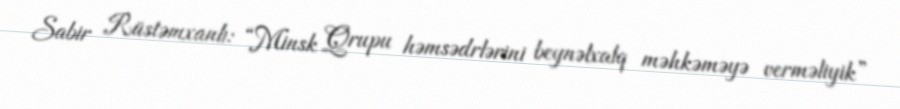
Sabir Rüstəmxanlı: “Minsk Qrupu həmsədrlərini beynəlxalq məhkəməyə verməliyik”